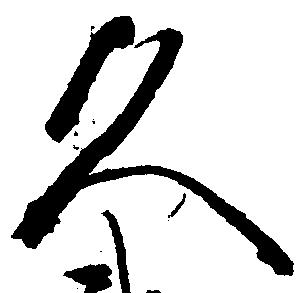
久